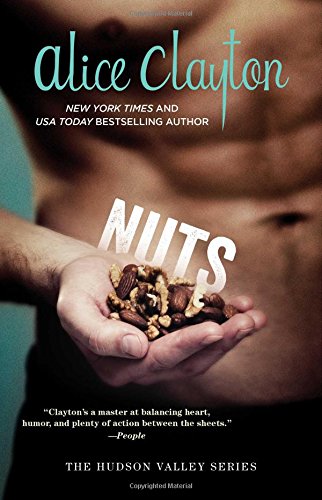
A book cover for Nuts (The Hudson Valley Series); Alice Clayton; Romance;